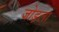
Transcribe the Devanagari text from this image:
जोड़ला